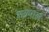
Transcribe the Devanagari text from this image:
रछपाल